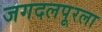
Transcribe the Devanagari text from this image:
जगदलपूरला